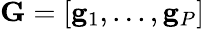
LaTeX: \mathbf{G}=[\mathbf{g}_{1},...,\mathbf{g}_{P}]